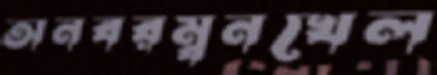
অনবরম্বনখেল